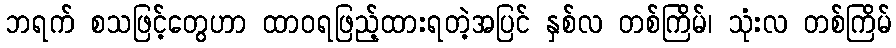
ဘရက် စသဖြင့်တွေဟာ ထာဝရဖြည့်ထားရတဲ့အပြင် နှစ်လ တစ်ကြိမ်၊ သုံးလ တစ်ကြိမ်